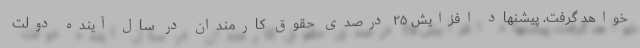
خواهد گرفت. پیشنهاد افزایش ۲۵ درصدی حقوق کارمندان در سال آینده دولت